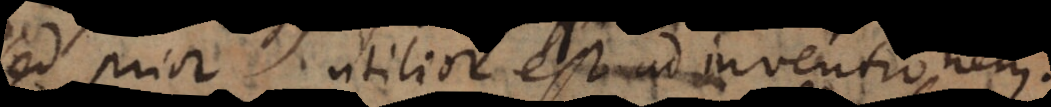
sed prior utilior est ad inventionem.